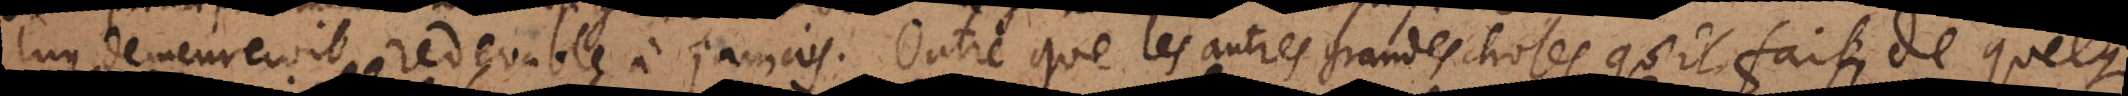
luy demeureroit redevable à jamais. Outre que les autres grandes choses qu’il fait, de quelque